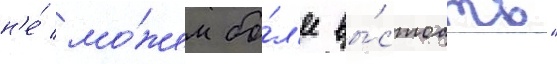
н'е́ мо́жем бо́л'ее вы́стоать"